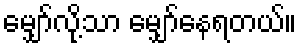
မျှော်လို့သာ မျှော်နေရတယ်။